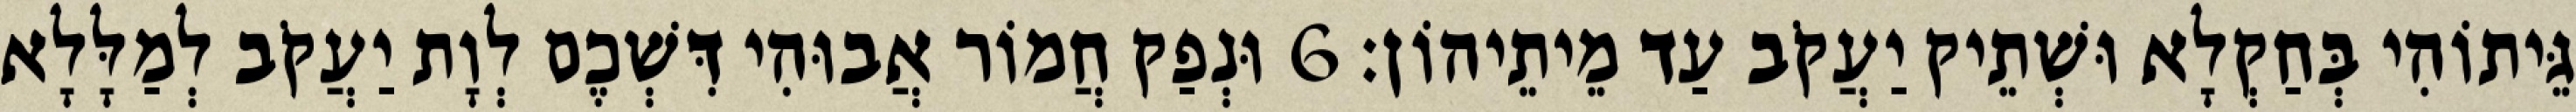
גֵּיתוֹהִי בְּחַקְלָא וּשְׁתֵיק יַעֲקֹב עַד מֵיתֵיהוֹן׃ 6 וּנְפַק חֲמוֹר אֲבוּהִי דִּשְׁכֶם לְוָת יַעֲקֹב לְמַלָּלָא